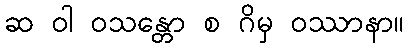
ဆ ဝါ ဝသန္တော စ ဂိမှ ဝဿာနာ။